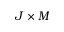
J \times M